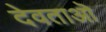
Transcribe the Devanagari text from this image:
देवताऒ